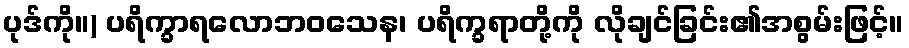
ပုဒ်ကို။) ပရိက္ခာရလောဘဝသေန၊ ပရိက္ခရာတို့ကို လိုချင်ခြင်း၏အစွမ်းဖြင့်။